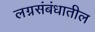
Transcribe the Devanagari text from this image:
लग्नसंबंधातील